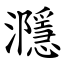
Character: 㶏